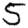
Digit: 5